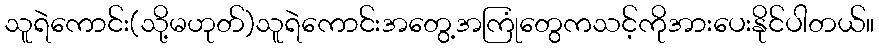
သူရဲကောင်း(သို့မဟုတ်)သူရဲကောင်းအတွေ့အကြုံတွေကသင့်ကိုအားပေးနိုင်ပါတယ်။